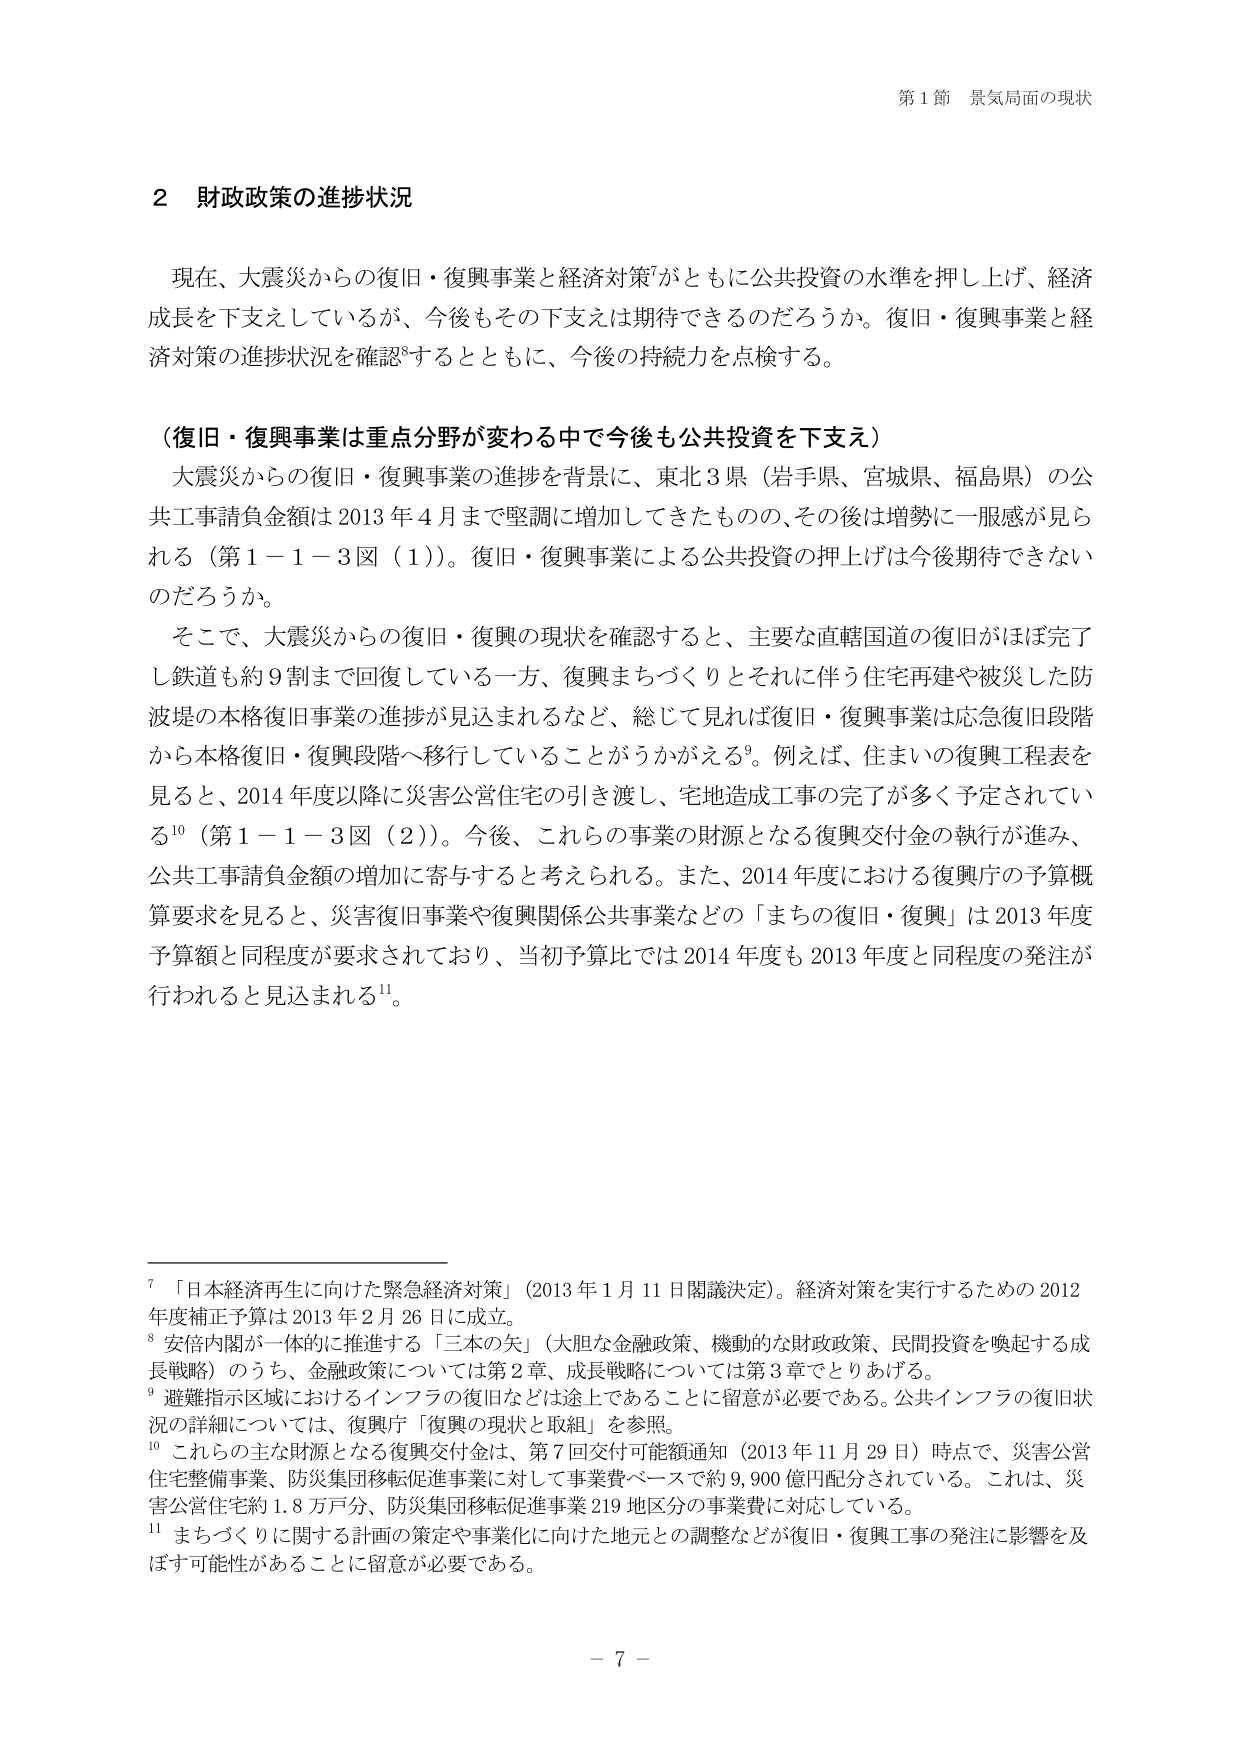
第１節 景気局面の現状

２ 財政政策の進捗状況

現在、大震災からの復旧・復興事業と経済対策⁷がともに公共投資の水準を押し上げ、経済成長を下支えしているが、今後もその下支えは期待できるのだろうか。復旧・復興事業と経済対策の進捗状況を確認⁸するとともに、今後の持続力を点検する。

（復旧・復興事業は重点分野が変わる中で今後も公共投資を下支え）

大震災からの復旧・復興事業の進捗を背景に、東北３県（岩手県、宮城県、福島県）の公共工事請負金額は2013年４月まで堅調に増加してきたものの、その後は増勢に一服感が見られる（第１－１－３図（１））。復旧・復興事業による公共投資の押上げは今後期待できないのだろうか。

そこで、大震災からの復旧・復興の現状を確認すると、主要な直轄国道の復旧がほぼ完了し鉄道も約９割まで回復している一方、復興まちづくりとそれに伴う住宅再建や被災した防波堤の本格復旧事業の進捗が見込まれるなど、総じて見れば復旧・復興事業は応急復旧段階から本格復旧・復興段階へ移行していることがうかがえる⁹。例えば、住まいの復興工程表を見ると、2014年度以降に災害公営住宅の引き渡し、宅地造成工事の完了が多く予定されている¹⁰（第１－１－３図（２））。今後、これらの事業の財源となる復興交付金の執行が進み、公共工事請負金額の増加に寄与すると考えられる。また、2014年度における復興庁の予算概算要求を見ると、災害復旧事業や復興関係公共事業などの「まちの復旧・復興」は2013年度予算額と同程度が要求されており、当初予算比では2014年度も2013年度と同程度の発注が行われると見込まれる¹¹。

⁷ 「日本経済再生に向けた緊急経済対策」（2013年１月11日閣議決定）。経済対策を実行するための2012年度補正予算は2013年２月26日に成立。

⁸ 安倍内閣が一体的に推進する「三本の矢」（大胆な金融政策、機動的な財政政策、民間投資を喚起する成長戦略）のうち、金融政策については第２章、成長戦略については第３章でとりあげる。

⁹ 避難指示区域におけるインフラの復旧などは途上であること、留意が必要である。公共インフラの復旧状況の詳細については、復興庁「復興の現状と取組」を参照。

¹⁰ これらの主な財源となる復興交付金は、第７回交付可能額通知（2013年11月29日）時点で、災害公営住宅整備事業、防災集団移転促進事業に対して事業費ベースで約9,900億円配分されている。これは、災害公営住宅約1.8万戸分、防災集団移転促進事業219地区分の事業費に対応している。

¹¹ まちづくりに関する計画の策定や事業化に向けた地元との調整などが復旧・復興工事の発注に影響を及ぼす可能性があることに留意が必要である。

－ 7 －